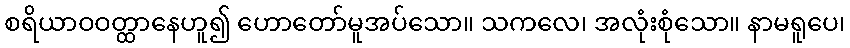
စရိယာဝဝတ္ထာနေဟူ၍ ဟောတော်မူအပ်သော။ သကလေ၊ အလုံးစုံသော။ နာမရူပေ၊